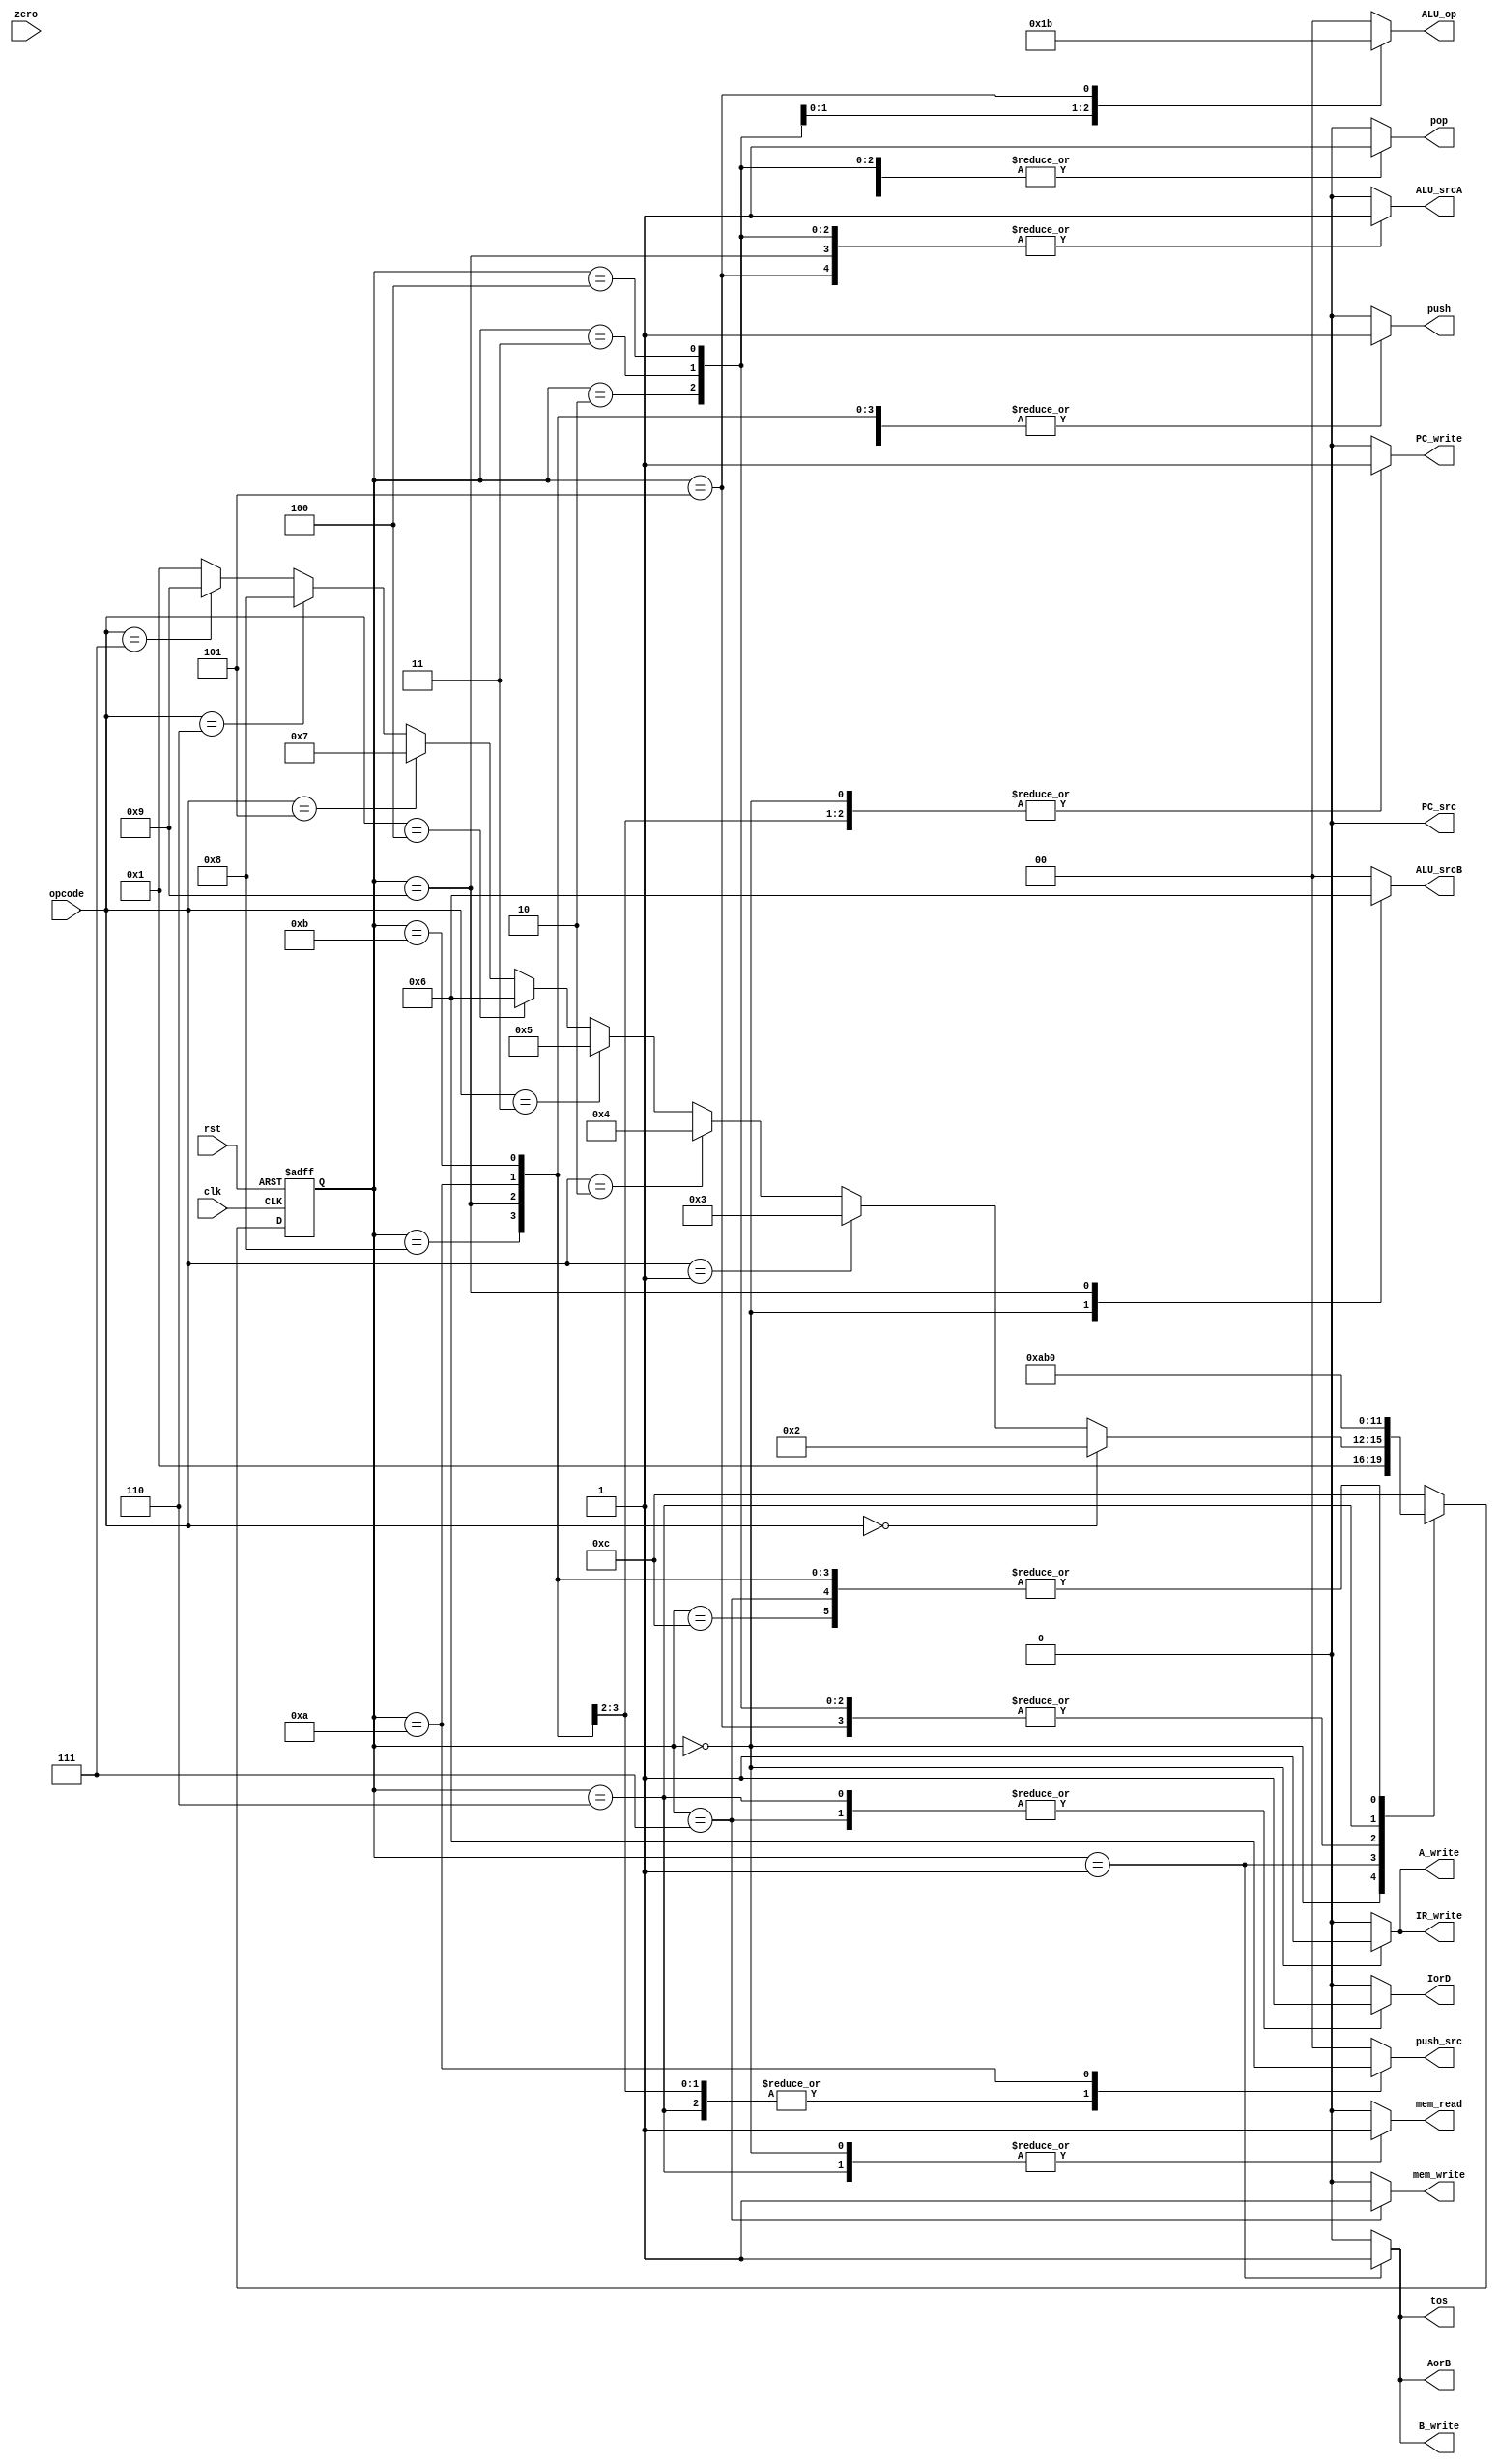
module controller(input clk, rst, zero, input [2:0] opcode,
		    output reg IorD, PC_write, mem_write, mem_read, IR_write, push, pop, tos, AorB, A_write, B_write, ALU_srcA, PC_src,
			output reg [1:0] ALU_srcB, push_src, ALU_op);
	
	reg j, jz;
	reg [3:0] ps, ns;
	parameter [3:0]
	IF = 0, ID = 1, Add = 2, Sub = 3, And = 4, Not = 5, Push = 6, Pop = 7, Jump = 8, JZ = 9, RT = 10, Push_2 = 11, DUMMY = 12;
	always@(ps)begin
		ns <= DUMMY;
		case(ps)
			DUMMY:
				ns <= IF;
			IF:
				ns <= ID;
			ID:
				ns <= (opcode == 3'b000)? Add:
					 (opcode == 3'b001)? Sub:
					 (opcode == 3'b010)? And:
					 (opcode == 3'b011)? Not:
					 (opcode == 3'b100)? Push:
					 (opcode == 3'b101)? Pop:
					 (opcode == 3'b110)? Jump:
					 (opcode == 3'b111)? JZ: ID;
			Add:
				ns <= RT;
			Sub:
				ns <= RT;
			And:
				ns <= RT;
			Not:
				ns <= RT;
			Push:
				ns <= Push_2;
			Pop:
				ns <= IF;
			Jump:
				ns <= IF;
			JZ:
				ns <= IF;
			RT:
				ns <= IF;
			Push_2:
				ns <= IF;
		endcase
	end

	always@(ps)begin
	
		IorD <= 1'b0; PC_write <= 1'b0; mem_write <= 1'b0; mem_read <= 1'b0; IR_write <= 1'b0; push <= 1'b0; pop <= 1'b0; tos <= 1'b0; 
		AorB <= 1'b0; A_write <= 1'b0; B_write <= 1'b0; ALU_srcA <= 1'b0; PC_src <= 1'b0; ALU_srcB <= 2'b00; push_src <= 2'b00; ALU_op <= 2'b00;
	
		case(ps)
			IF:begin
				IorD <= 1'b0;
				ALU_srcA <= 1'b0;
				ALU_srcB <= 2'b01;
				mem_read <= 1'b1;
				ALU_op <= 2'b00;
				PC_write <= 1'b1;
				pop <= 1'b1;
				AorB <= 1'b0;
				A_write <= 1'b1;
				j <= 1'b0;
				jz <= 1'b0;
				IR_write <= 1'b1;
			end
			ID: begin
				tos <= 1'b1;
				AorB <= 1'b1;
				B_write <= 1'b1;
			end
			Add:begin
				ALU_srcA <= 1'b1;
				ALU_srcB <= 2'b00;
				ALU_op <= 2'b00;
				pop <= 1'b1;
			end
			Sub:begin
				ALU_srcA <= 1'b1;
				ALU_srcB <= 2'b00;
				ALU_op <= 2'b01;
				pop <= 1'b1;
			end
			And:begin
				ALU_srcA <= 1'b1;
				ALU_srcB <= 2'b00;
				ALU_op <= 2'b10;
				pop <= 1'b1;
			end
			Not:begin
				ALU_srcA <= 1'b1;
				ALU_op <= 2'b11;
			end
			Push:begin
				IorD <= 1'b1;
				mem_read <= 1'b1;
				push_src <= 2'b01;
				push <= 1'b1;
			end
			Pop:begin
				IorD <= 1'b1;
				mem_write <= 1'b1;
			end
			Jump:begin
				j <= 1'b1;
				PC_write <= 1'b1;
				push_src <= 2'b01;
				push <= 1'b1;
			end
			JZ:begin
				jz <= 1'b1;
				ALU_srcA <= 1'b1;
				ALU_srcB <= 2'b10;
				PC_write <= 1'b1;
				push_src <= 2'b01;
				push <= 1'b1;
			end
			RT:begin
				push_src <= 2'b10;
				push <= 1'b1;
			end
			Push_2:begin
				push_src <= 2'b00;
				push <= 1'b1;
			end
		endcase
	end
	
	always@(posedge clk,posedge rst)begin
		if(rst == 1'b1)
			ps <= DUMMY;
		else
			ps <= ns;
	end
	
	assign PC_src = (jz && zero) || j;
	
endmodule